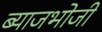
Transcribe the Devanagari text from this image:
ब्याजभोजी